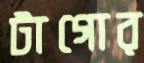
টাগোর